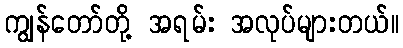
ကျွန်တော်တို့ အရမ်း အလုပ်များတယ်။